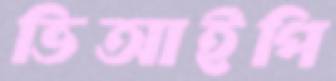
ভিআইপি